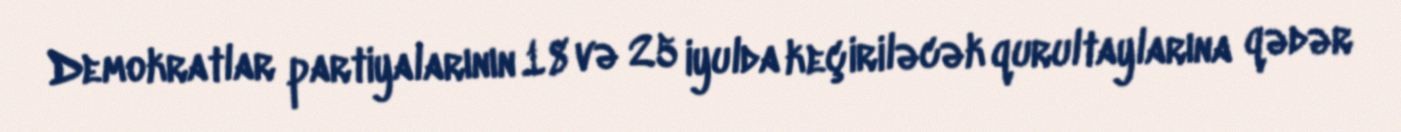
Demokratlar partiyalarının 18 və 25 iyulda keçiriləcək qurultaylarına qədər